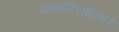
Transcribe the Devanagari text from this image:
राममंदिराशेजारी